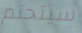
سيتحتم